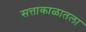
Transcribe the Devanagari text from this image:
सत्ताकाळातला